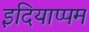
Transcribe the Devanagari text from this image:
इदियाप्पम